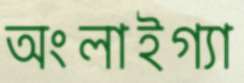
অংলাইগ্যা